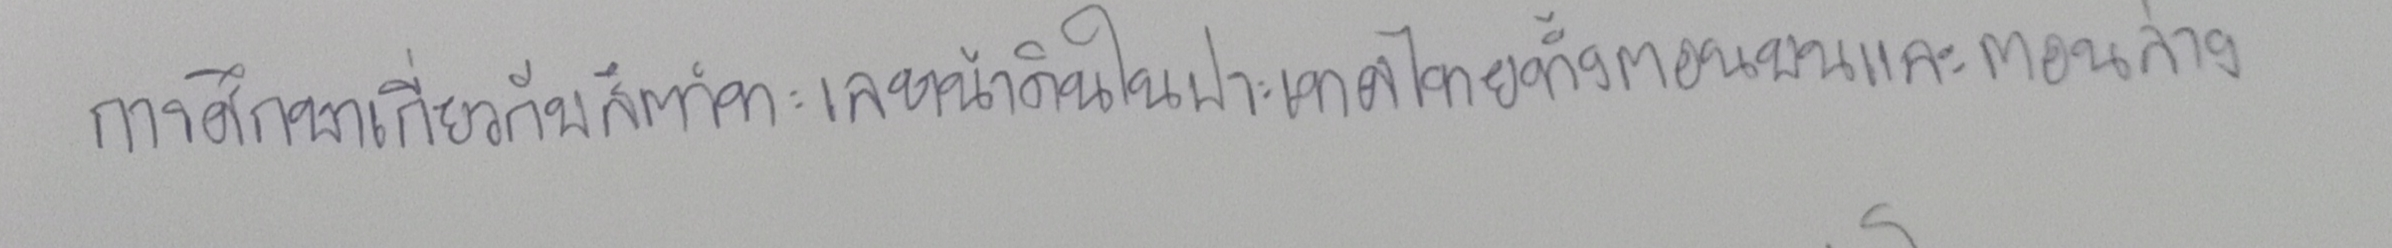
การศึกษาเกี่ยวกับสัตว์ทะเลหน้าดินในประเทศไทยทั้งตอนบนและตอนล่าง